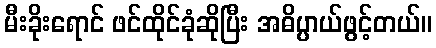
မီးခိုးရောင် ဖင်ထိုင်ခုံဆိုပြီး အဓိပ္ပာယ်ဖွင့်တယ်။